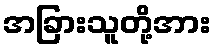
အခြားသူတို့အား